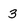
Character: 3